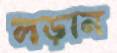
লড়ান